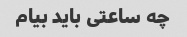
چه ساعتی باید بیام